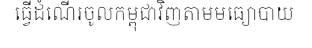
ធ្វើដំណើរចូលកម្ពុជាវិញតាមមធ្យោបាយ